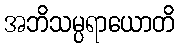
အဘိသမ္ပရာယောတိ